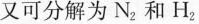
又可分解为N_{2}和H_{2}